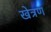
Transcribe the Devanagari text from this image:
खेत्रण